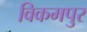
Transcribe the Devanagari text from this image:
विकमपुर